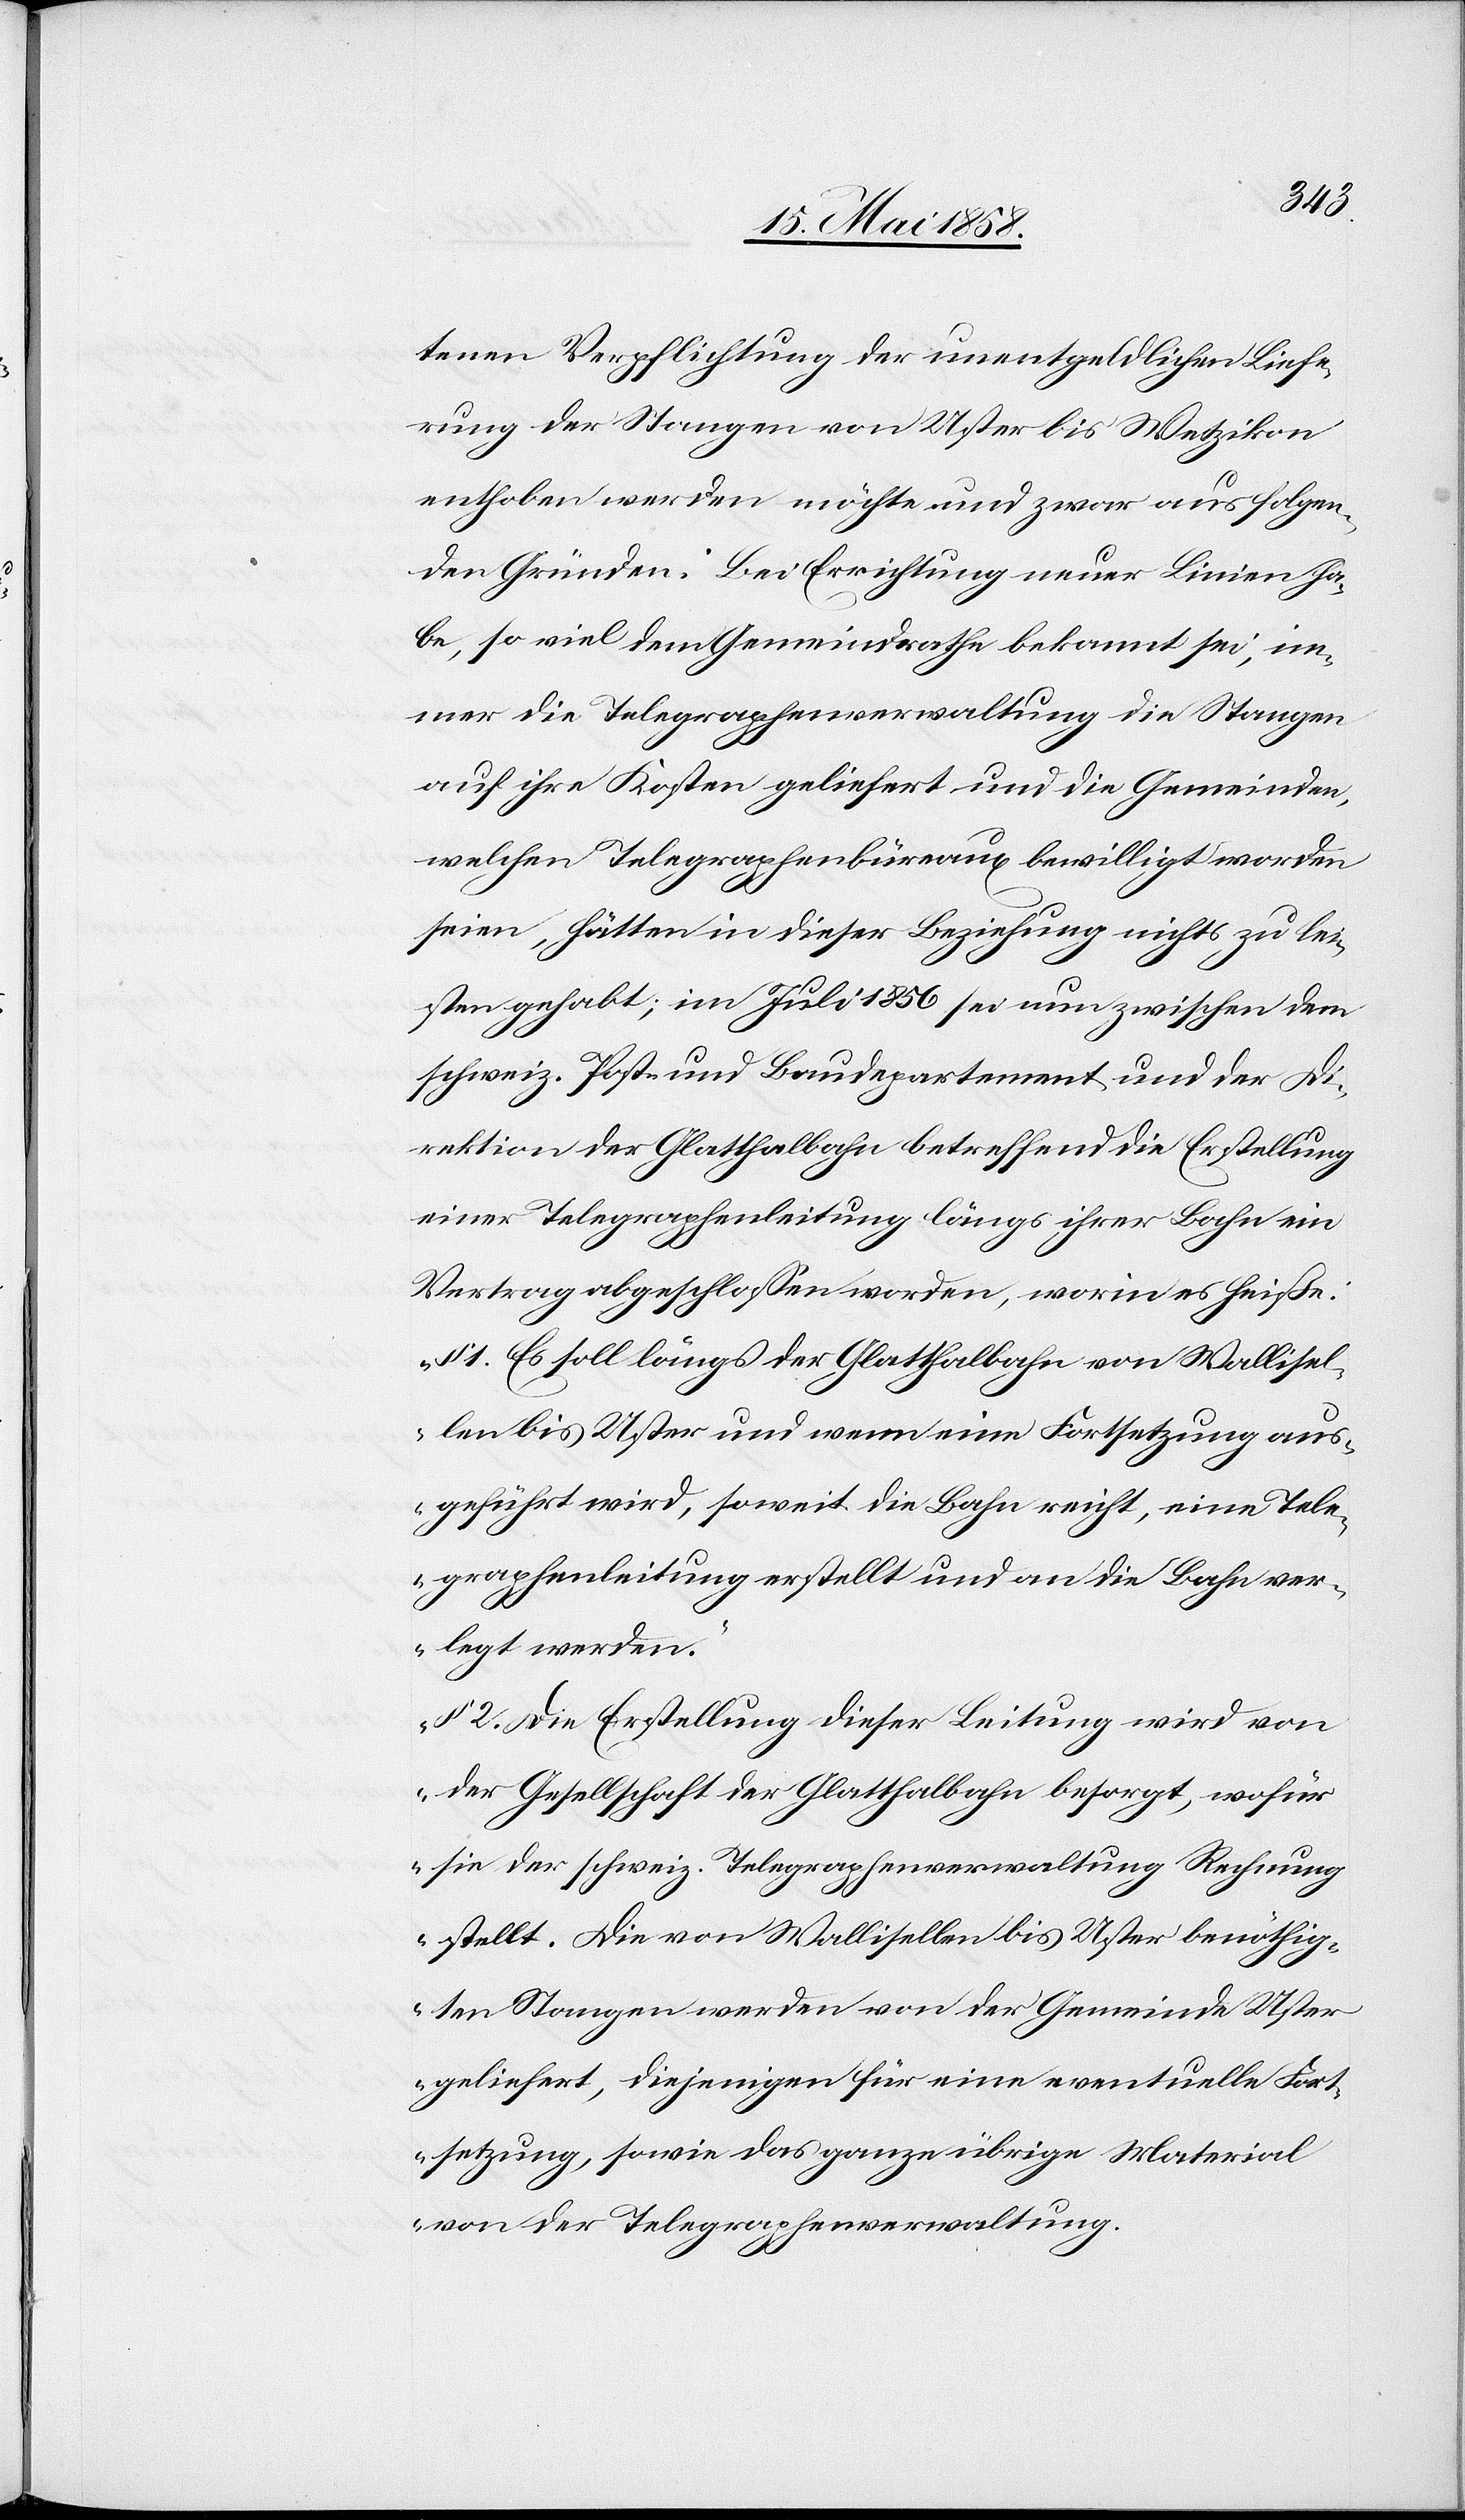
tenen Verpflichtung der unentgeldlichen Liefe¬
rung der Stangen von Uster bis Wetzikon
enthoben werden möchte und zwar aus folgen¬
den Gründen: Bei Errichtung neuer Linien ha¬
be, so viel dem Gemeindrathe bekannt sei, im¬
mer die Telegraphenverwaltung die Stangen
auf ihre Kosten geliefert und die Gemeinden,
welchen Telegraphenbüreaux bewilligt worden
seien, hätten in dieser Beziehung nichts zu lei¬
sten gehabt; im Juli 1856 sei nun zwischen dem
schweiz. Post- und Baudepartement und der Di¬
rektion der Glatthalbahn betreffend die Erstellung
einer Telegraphenleitung längs ihrer Bahn ein
Vertrag abgeschlossen werden, worin es heiße:
„§. 1. Es soll längs der Glatthalbahn von Wallisel¬
len bis Uster und wenn eine Fortsetzung aus¬
geführt wird, soweit die Bahn reicht, eine Tele¬
graphenleitung erstellt und an die Bahn ver¬
legt werden.
§. 2. Die Erstellung dieser Leitung wird von
der Gesellschaft der Glatthalbahn besorgt, wofür
sie der schweiz. Telegraphenverwaltung Rechnung
stellt. Die von Wallisellen bis Uster benöthig¬
ten Stangen werden von der Gemeinde Uster
geliefert, diejenigen für eine eventuelle Fort¬
setzung, sowie das ganze übrige Material
von der Telegraphenverwaltung.[“]